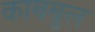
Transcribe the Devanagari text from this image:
काबबुल